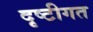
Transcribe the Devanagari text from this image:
दृष्टीगत